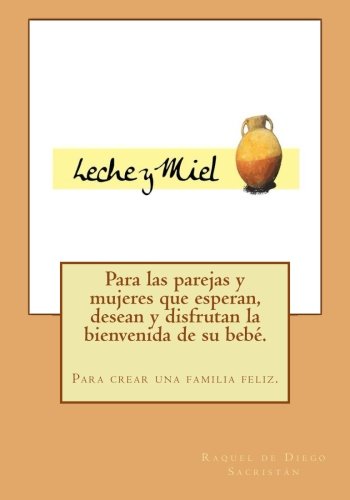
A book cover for Leche y miel (Spanish Edition); Raquel de Diego SacristÃ¡n; Parenting & Relationships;